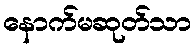
နောက်မဆုတ်သာ